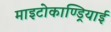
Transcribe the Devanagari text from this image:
माइटोकाण्ड्रियाई